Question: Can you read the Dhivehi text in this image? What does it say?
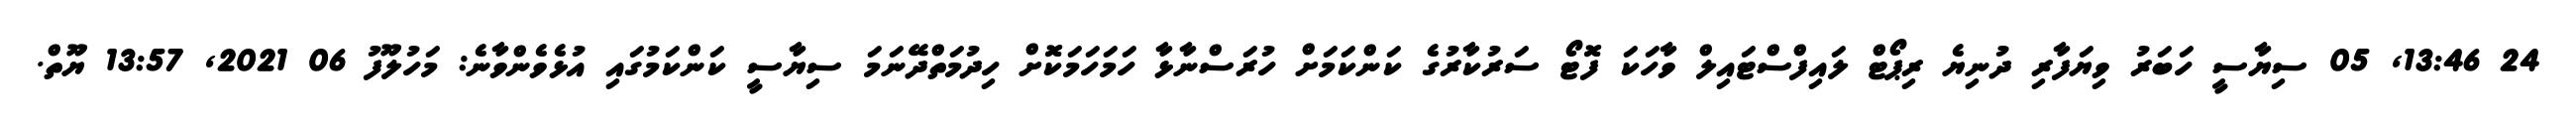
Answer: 24 13:46, 05 ސިޔާސީ ހަބަރު ވިޔަފާރި ދުނިޔެ ރިޕޯޓް ލައިފްސްޓައިލް ވާހަކަ ފޮޓޯ ސަރުކާރުގެ ކަންކަމަށް ހުރަސްނާޅާ ހަމަހަމަކޮށް ހިދުމަތްދޭނަމަ ސިޔާސީ ކަންކަމުގައި އުޅެވެންވާނެ: މަހުލޫފު 06 2021, 13:57 ޔޫތް.